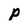
Character: p